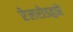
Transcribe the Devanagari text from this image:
रेलरोडद्वारे